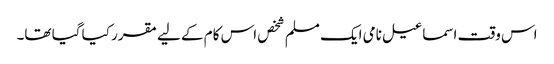
اس وقت اسماعیل نامی ایک مسلم شخص اس کام کے لیے مقرر کیا گیا تھا۔